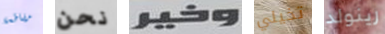
مقاطعة نحن وخير تخيلي رينولد